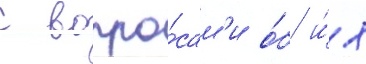
с вопро́сам'и о́б и́х